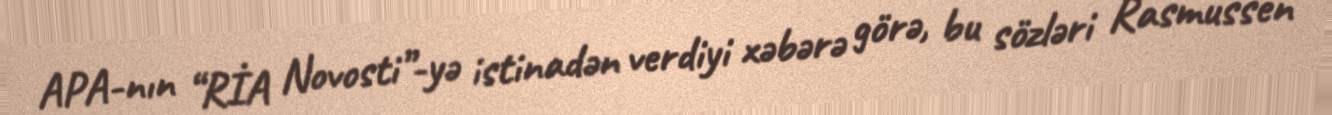
APA-nın “RİA Novosti”-yə istinadən verdiyi xəbərə görə, bu sözləri Rasmussen